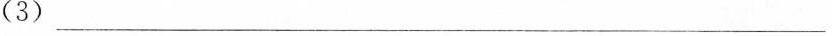
(3)___